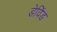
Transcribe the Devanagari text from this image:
डेविंड